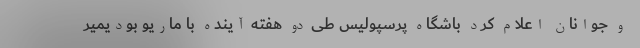
و جوانان اعلام کرد باشگاه پرسپولیس طی دو هفته آینده با ماریو بودیمیر